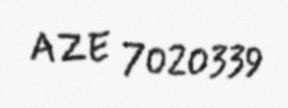
AZE 7020339